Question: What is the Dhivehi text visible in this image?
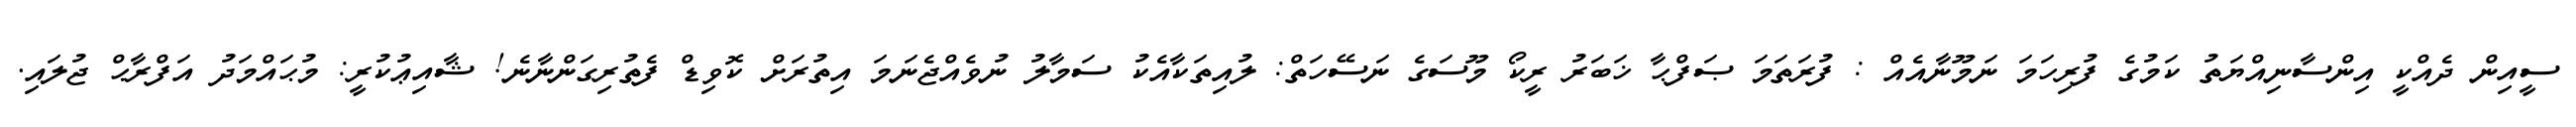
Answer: ސީއިން ދެއްކީ އިންސާނިއްޔަތު ކަމުގެ ފުރިހަމަ ނަމޫނާއެއް : ފުރަތަމަ ޞަފްޙާ ޚަބަރު ރީކޯ މޫސަގެ ނަސޭހަތް: ލުއިތަކާއެކު ސަމާލު ނުވެއްޖެނަމަ އިތުރަށް ކޮވިޑް ފެތުރިގަންނާނެ! ޝާއިޢުކުރީ: މުޙައްމަދު އަފްރާޙް ޖުލައި.